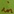
Text: in